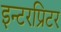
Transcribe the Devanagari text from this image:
इन्टरप्रिटर